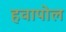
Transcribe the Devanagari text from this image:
हवापोल